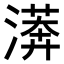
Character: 𣾘